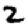
Digit: 2